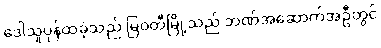
ဒေါသူပုန်ထခဲ့သည် မြဝတီမြို့သည် ဘဏ်အဆောက်အဦတွင်